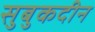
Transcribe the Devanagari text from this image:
सुबुकदीन